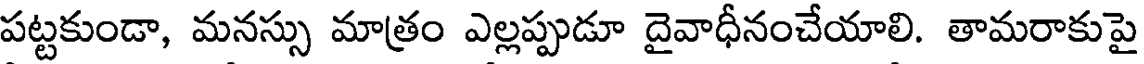
పట్టకుండా, మనస్సు మాత్రం ఎల్లప్పుడూ దైవాధీనంచేయాలి. తామరాకుపై